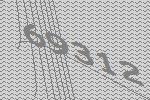
69312